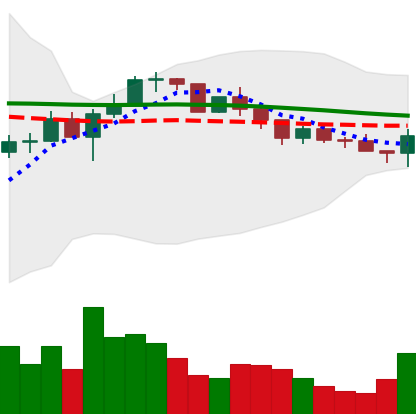
Ticker: LINK-USD
Chart end date: 2022-12-13
Forward return: -13.715%
Label: down_7plus